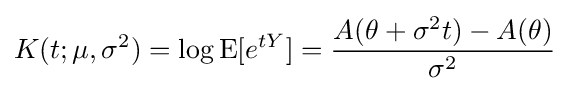
K(t;\mu ,\sigma ^{2})=\log \operatorname {E} [e^{tY}]={\frac {A(\theta +\sigma ^{2}t)-A(\theta )}{\sigma ^{2}}}\,\!